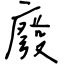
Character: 廢